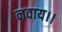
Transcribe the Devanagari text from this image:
नवाय।।